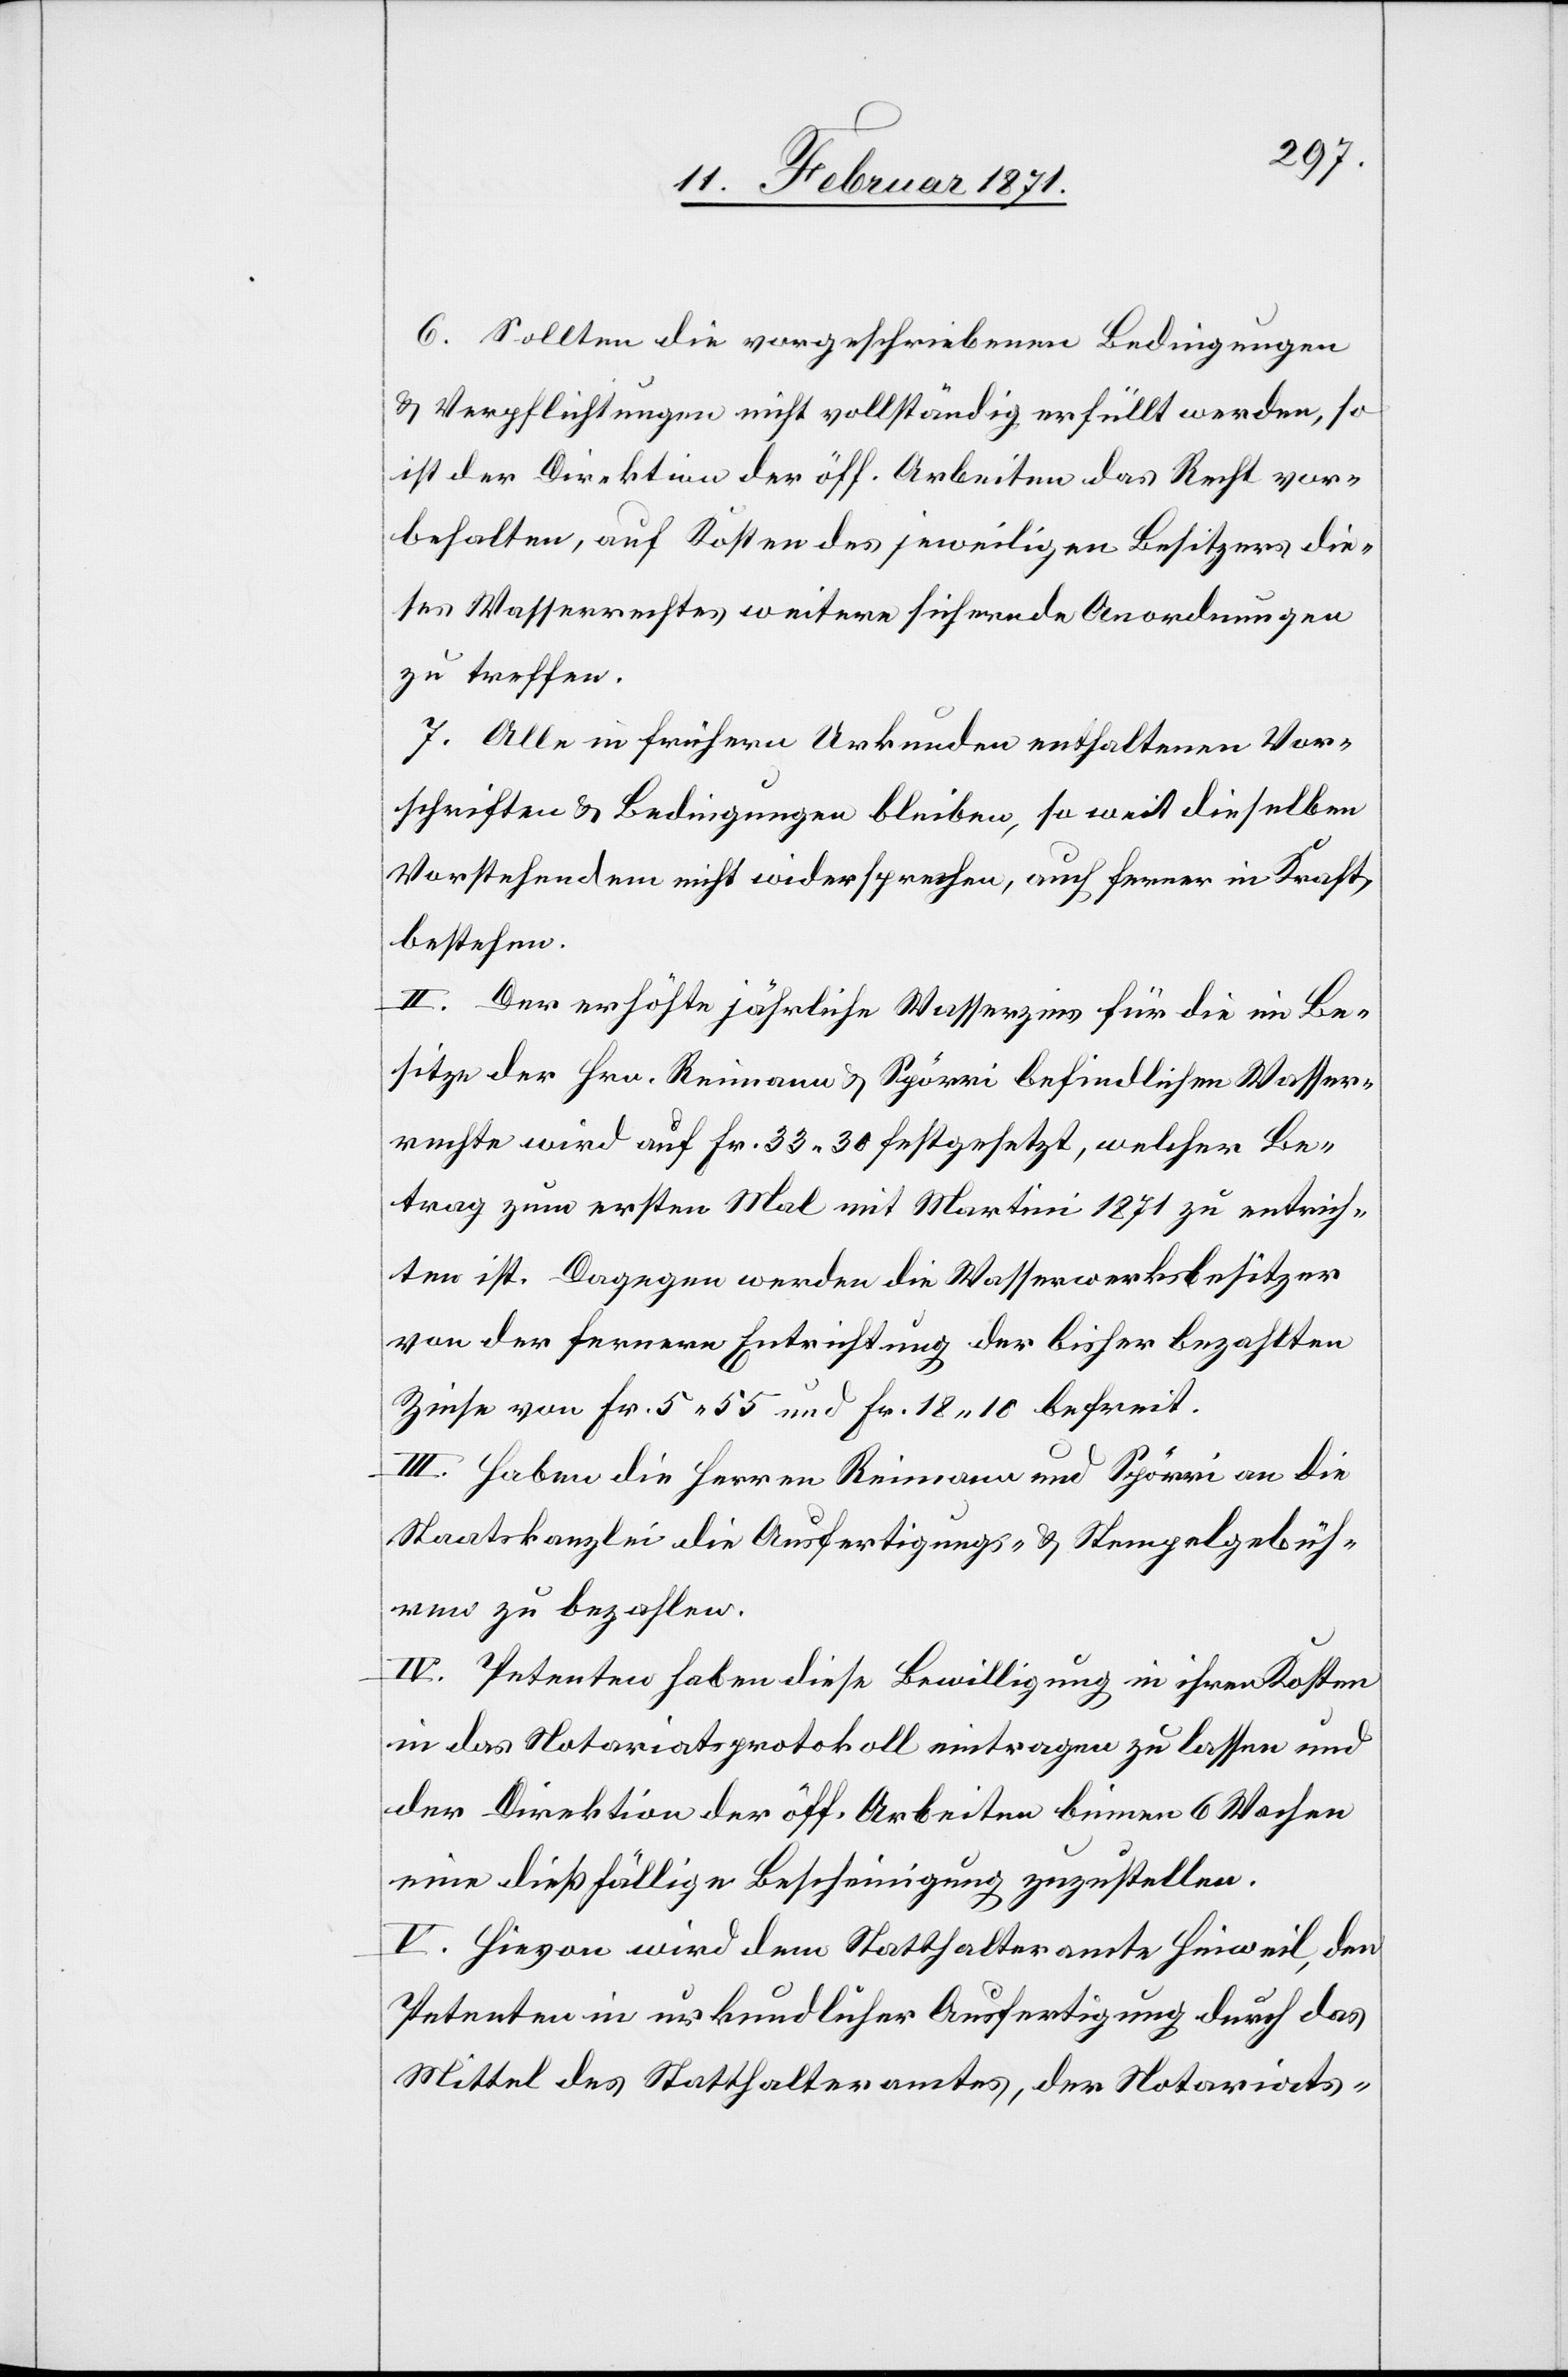
6. Sollten die vorgeschriebenen Bedingungen
u. Verpflichtungen nicht vollständig erfüllt werden, so
ist der Direktion der öff. Arbeiten das Recht vor¬
behalten, auf Kosten des jeweiligen Besitzers die¬
ses Wasserrechtes weitere sichernde Anordnungen
zu treffen.
7. Alle in frühern Urkunden enthaltenen Vor¬
schriften u. Bedingungen bleiben, so weit dieselben
Vorstehendem nicht widersprechen, auch ferner in Kraft
bestehen.
II. Der erhöhte jährliche Wasserzins für die im Be¬
sitze der Hrn. Reimann u. Spörri befindlichen Wasser¬
rechte wird auf Fr. 33 30 festgesetzt, welcher Be¬
trag zum ersten Mal mit Martini 1871 zu entrich¬
ten ist. Dagegen werden die Wasserwerksbesitzer
von der fernern Entrichtung der bisher bezahlten
Zinse von Fr. 5 55 und Fr. 18 10 befreit.
III. Haben die Herren Reimann und Spörri an die
Staatskanzlei die Ausfertigungs- u. Stempelgebüh¬
ren zu bezahlen.
IV. Petenten haben diese Bewilligung in ihren Kosten
in das Notariatsprotokoll eintragen zu lassen und
der Direktion der öff. Arbeiten binnen 6 Wochen
eine dießfällige Bescheinigung zuzustellen.
V. Hievon wird dem Statthalteramte Hinweil, den
Petenten in urkundlicher Ausfertigung durch das
Mittel des Statthalteramtes, der Notariats-